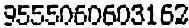
9555060603152